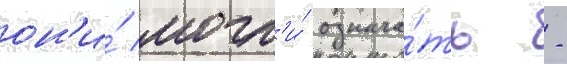
он'и́ могл'и́ означа́ть -